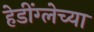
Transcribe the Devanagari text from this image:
हेडींग्लेच्या